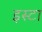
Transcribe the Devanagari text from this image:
इस्टा